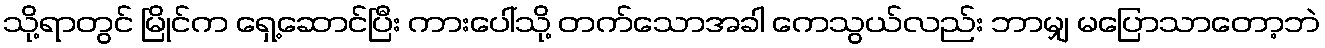
သို့ရာတွင် မြိုင်က ရှေ့ဆောင်ပြီး ကားပေါ်သို့ တက်သောအခါ ကေသွယ်လည်း ဘာမျှ မပြောသာတော့ဘဲ